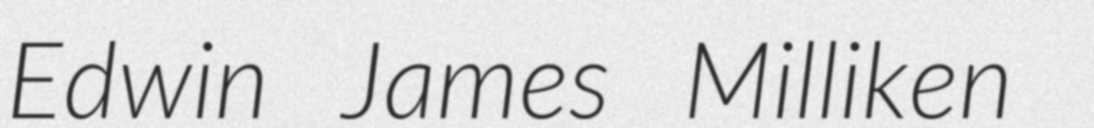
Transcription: Edwin James Milliken